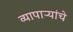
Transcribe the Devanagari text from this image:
व्यापाऱ्यांचे